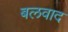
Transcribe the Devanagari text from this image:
बलवाद